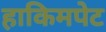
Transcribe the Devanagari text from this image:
हाकिमपेट